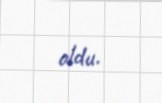
oldu.